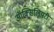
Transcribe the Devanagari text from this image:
ऑक्सिलियरी